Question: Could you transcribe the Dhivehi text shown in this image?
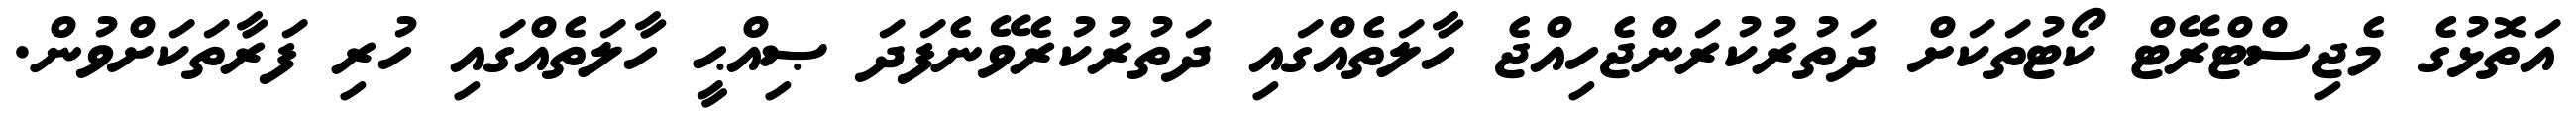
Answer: އަތޮޅުގެ މެޖިސްޓްރޭޓް ކޯޓުތަކަށް ދަތުރުކުރަންޖެހިއްޖެ ހާލަތެއްގައި ދަތުރުކުރެވޭނެފަދަ ޞިއްޙީ ހާލަތެއްގައި ހުރި ފަރާތަކަށްވުން.